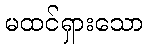
မထင်ရှားသော